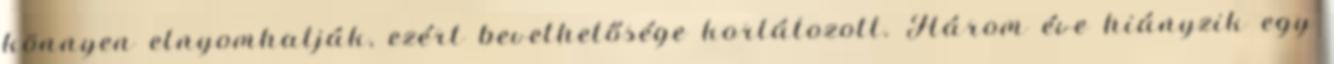
könnyen elnyomhatják, ezért bevethetősége korlátozott. Három éve hiányzik egy